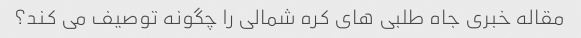
مقاله خبری جاه طلبی های کره شمالی را چگونه توصیف می کند؟